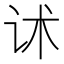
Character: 𰵓